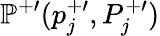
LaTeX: \mathbb{P}^{+\prime}(p_{j}^{+\prime},P_{j}^{+\prime})